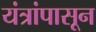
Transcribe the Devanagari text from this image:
यंत्रांपासून